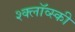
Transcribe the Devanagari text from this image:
श्क्लॉव्स्की